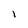
Character: I